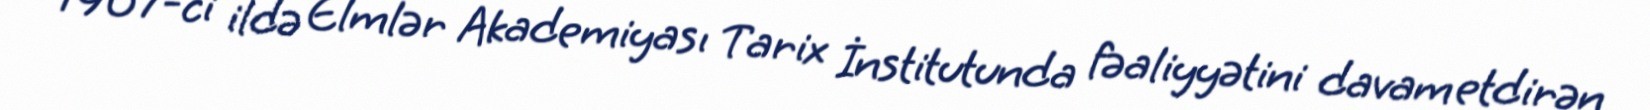
1967-ci ildə Elmlər Akademiyası Tarix İnstitutunda fəaliyyətini davam etdirən